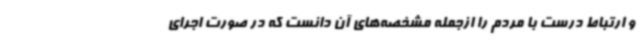
و ارتباط درست با مردم را ازجمله مشخصه‌های آن دانست که در صورت اجرای